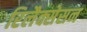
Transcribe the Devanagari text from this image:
रिलैक्सेसन